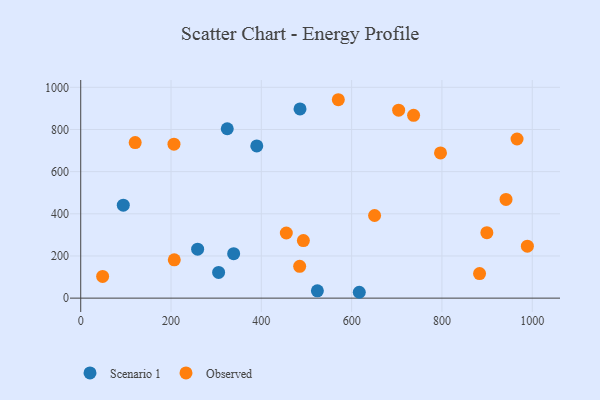
{"axis": {"x": "Distance", "y": "Sales"}, "legend": ["Observed", "Scenario 1"], "data": [{"x": "324.5", "y": 803.6, "type": "Scenario 1"}, {"x": "258.9", "y": 232.2, "type": "Scenario 1"}, {"x": "94.3", "y": 441.0, "type": "Scenario 1"}, {"x": "338.7", "y": 210.8, "type": "Scenario 1"}, {"x": "616.9", "y": 27.8, "type": "Scenario 1"}, {"x": "305.4", "y": 121.8, "type": "Scenario 1"}, {"x": "524.1", "y": 34.5, "type": "Scenario 1"}, {"x": "485.7", "y": 897.6, "type": "Scenario 1"}, {"x": "389.9", "y": 721.9, "type": "Scenario 1"}, {"x": "455.3", "y": 309.1, "type": "Observed"}, {"x": "989.2", "y": 246.5, "type": "Observed"}, {"x": "650.8", "y": 392.1, "type": "Observed"}, {"x": "570.5", "y": 941.2, "type": "Observed"}, {"x": "704.1", "y": 891.5, "type": "Observed"}, {"x": "966.3", "y": 754.8, "type": "Observed"}, {"x": "48.5", "y": 103.1, "type": "Observed"}, {"x": "796.8", "y": 688.6, "type": "Observed"}, {"x": "883.3", "y": 116.4, "type": "Observed"}, {"x": "120.6", "y": 738.0, "type": "Observed"}, {"x": "737.2", "y": 867.3, "type": "Observed"}, {"x": "493.1", "y": 273.2, "type": "Observed"}, {"x": "206.5", "y": 730.2, "type": "Observed"}, {"x": "207.2", "y": 181.9, "type": "Observed"}, {"x": "941.9", "y": 468.3, "type": "Observed"}, {"x": "899.5", "y": 310.3, "type": "Observed"}, {"x": "484.9", "y": 151.1, "type": "Observed"}]}